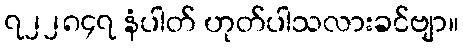
၇၂၂၈၄၇ နံပါတ် ဟုတ်ပါသလားခင်ဗျာ။